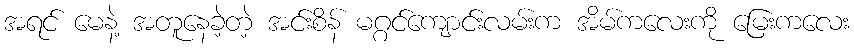
အရင် မေနဲ့ အတူနေခဲ့တဲ့ အင်းစိန် မဂ္ဂင်ကျောင်းလမ်းက အိမ်ကလေးကို မြေးကလေး